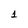
Character: 1